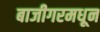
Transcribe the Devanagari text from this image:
बाजीगरमधून